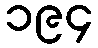
၁၉၄